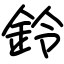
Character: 鈴